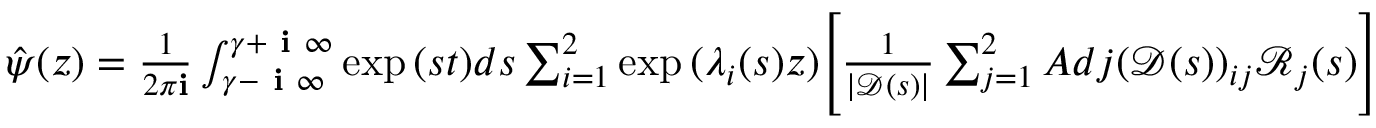
\begin{array} { r } { \hat { \psi } ( z ) = \frac { 1 } { 2 \pi \mathbf { i } } \int _ { \gamma - \textbf { i } \infty } ^ { \gamma + \textbf { i } \infty } \exp { ( s t ) } d s \sum _ { i = 1 } ^ { 2 } \exp { ( \lambda _ { i } ( s ) z ) } \Bigg [ \frac { 1 } { | \mathscr { D } ( s ) | } \sum _ { j = 1 } ^ { 2 } A d j ( \mathscr { D } ( s ) ) _ { i j } \mathscr { R } _ { j } ( s ) \Bigg ] } \end{array}